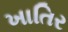
ખાતિર